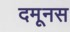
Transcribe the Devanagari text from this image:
दमूनस